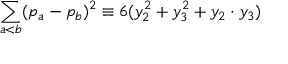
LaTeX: \sum _ { a < b } ( p _ { a } - p _ { b } ) ^ { 2 } \equiv 6 ( y _ { 2 } ^ { 2 } + y _ { 3 } ^ { 2 } + y _ { 2 } \cdot y _ { 3 } )